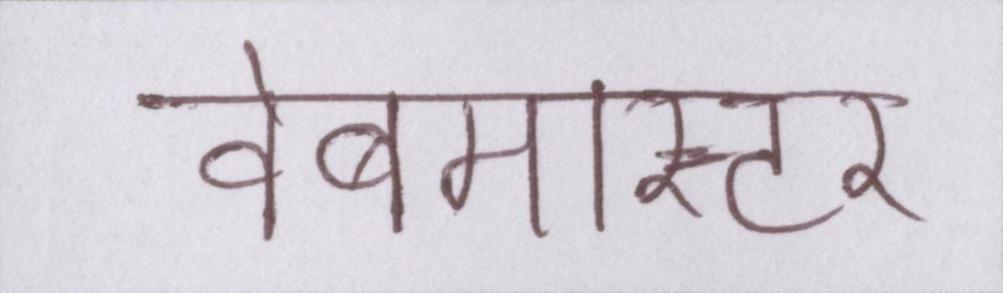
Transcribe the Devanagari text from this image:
वेबमास्टर